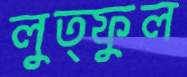
লুত্ফুল